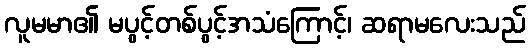
လူမမာ၏ မပွင့်တစ်ပွင့်အသံကြောင့်၊ ဆရာမလေးသည်